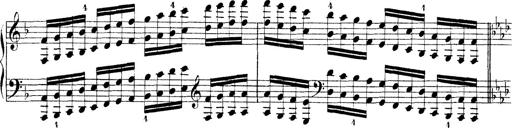
Title: Technische Studien
Composer: Franz Liszt